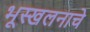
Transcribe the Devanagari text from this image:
भूस्खलनाचे